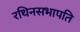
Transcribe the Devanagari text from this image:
रथिनसभापति